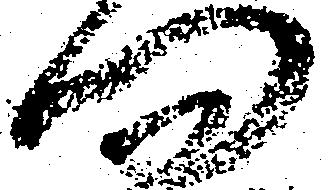
問